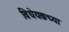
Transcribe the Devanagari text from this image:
विधेयकच्या